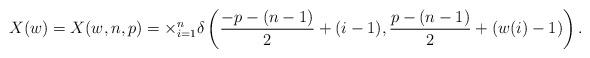
LaTeX: \begin{align*}X(w)= X(w,n,p)=\times_{i=1}^{n} \delta\left( \frac{-p-(n-1)}{2}+(i-1),\frac{p-(n-1)}{2}+(w(i)-1) \right) .\end{align*}